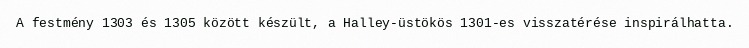
A festmény 1303 és 1305 között készült, a Halley-üstökös 1301-es visszatérése inspirálhatta.